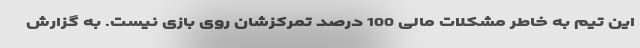
این تیم به خاطر مشکلات مالی 100 درصد تمرکزشان روی بازی نیست. به گزارش